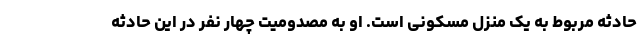
حادثه مربوط به یک منزل مسکونی است. او به مصدومیت چهار نفر در این حادثه